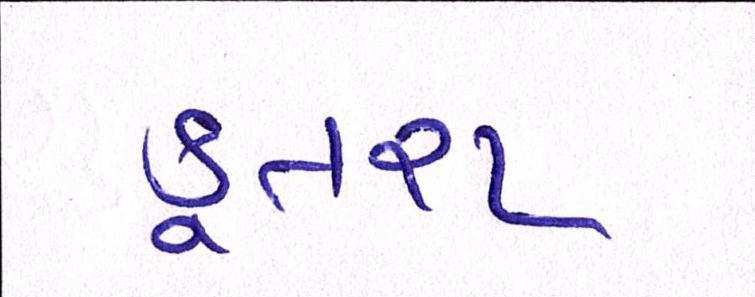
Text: કૂતરા